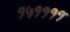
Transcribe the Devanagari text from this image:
१५११११